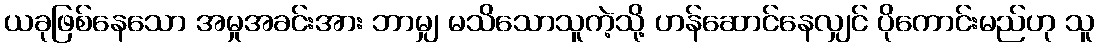
ယခုဖြစ်နေသော အမှုအခင်းအား ဘာမျှ မသိသောသူကဲ့သို့ ဟန်ဆောင်နေလျှင် ပိုကောင်းမည်ဟု သူ